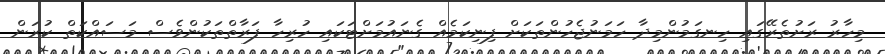
މިހާރު ރަށުތެރޭގައި ހިނގަމުންމިދާ ހަމަނުޖެހުންތަކަށް ފިނިކަމެއް ގެނައުމަށްޓަކައި ހުރިހާ ފަރާތްތަކުންވެސް މަސައްކަތް ކުރަން